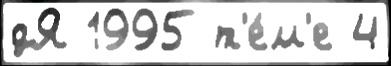
дЯ 1995 т'е́м'е 4